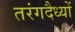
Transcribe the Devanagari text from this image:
तरंगदैध्यों